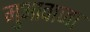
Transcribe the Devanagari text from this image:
मुआवाजा